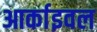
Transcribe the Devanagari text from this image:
आर्काइवल